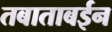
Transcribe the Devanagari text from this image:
तबाताबईन